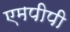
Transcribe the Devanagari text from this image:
एमपीपी